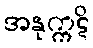
အနုက္ကဋိ